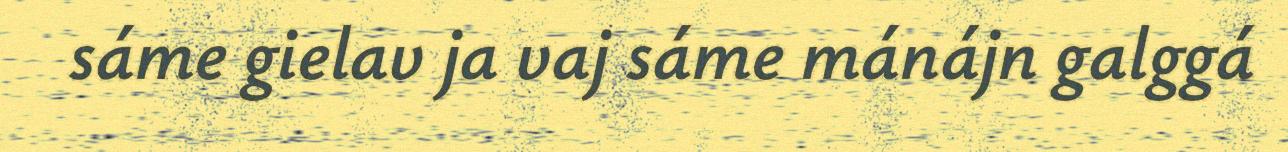
sáme gielav ja vaj sáme mánájn galggá